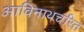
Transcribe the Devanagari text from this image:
आविनाथचरित